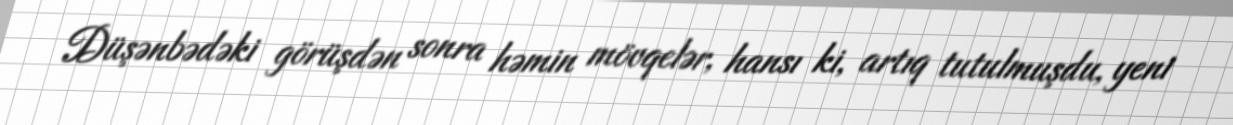
Düşənbədəki görüşdən sonra həmin mövqelər, hansı ki, artıq tutulmuşdu, yeni